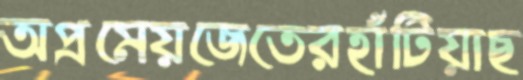
অপ্রমেয়জেতেরহাঁটিয়াছ